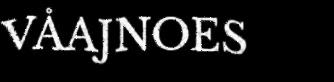
VÅAJNOES